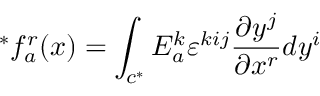
^ { * } f _ { a } ^ { r } ( x ) = \int _ { c ^ { * } } E _ { a } ^ { k } \varepsilon ^ { k i j } \frac { \partial y ^ { j } } { \partial x ^ { r } } d y ^ { i }